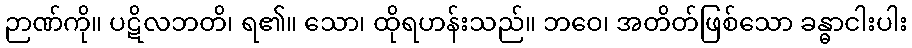
ဉာဏ်ကို။ ပဋိလဘတိ၊ ရ၏။ သော၊ ထိုရဟန်းသည်။ ဘဝေ၊ အတိတ်ဖြစ်သော ခန္ဓာငါးပါး